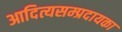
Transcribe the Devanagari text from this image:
आदित्यसम्प्रदायका